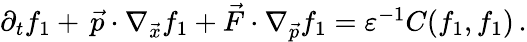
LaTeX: \begin{array}{r}{\partial_{t}f_{1}+\, \vec{p}\cdot\nabla_{\vec{x}}f_{1}+\vec{F}\cdot\nabla_{\vec{p}}f_{1}=\varepsilon^{-1}C(f_{1},f_{1})\, .}\end{array}